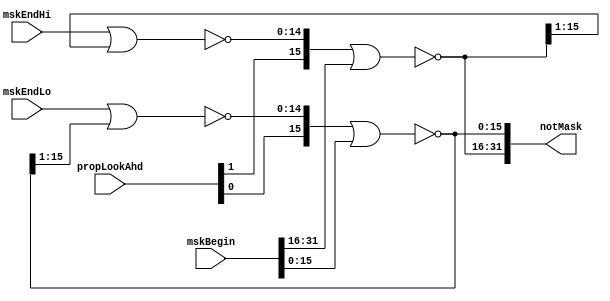
// 
// ************************************************************************** 
// 
//  Copyright (c) International Business Machines Corporation, 2005. 
// 
//  This file contains trade secrets and other proprietary and confidential 
//  information of International Business Machines Corporation which are 
//  protected by copyright and other intellectual property rights and shall 
//  not be reproduced, transferred to other documents, disclosed to others, 
//  or used for any purpose except as specifically authorized in writing by 
//  International Business Machines Corporation. This notice must be 
//  contained as part of this text at all times. 
// 
// ************************************************************************** 
//
module p405s_srmMskProp (notMask, mskBegin, mskEndHi, mskEndLo, propLookAhd);
    output [0:31] notMask;
    input [0:31] mskBegin;
    input [0:14] mskEndHi;
    input [16:30] mskEndLo;
    input [0:1] propLookAhd;

wire [0:14] loPropagate, hiPropagate;
wire [0:31] notMask, notMask_i;
assign notMask = notMask_i;

assign notMask_i[0:15] = ~(({propLookAhd[0],hiPropagate[0:14]}) | mskBegin[0:15]);
assign hiPropagate[0:14] = ~(mskEndHi[0:14] | notMask_i[0:14]);

assign notMask_i[16:31] = ~(({propLookAhd[1],loPropagate[0:14]}) | mskBegin[16:31]);
assign loPropagate[0:14] = ~(mskEndLo[16:30] | notMask_i[16:30]);
endmodule